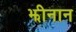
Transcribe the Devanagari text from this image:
झीनान